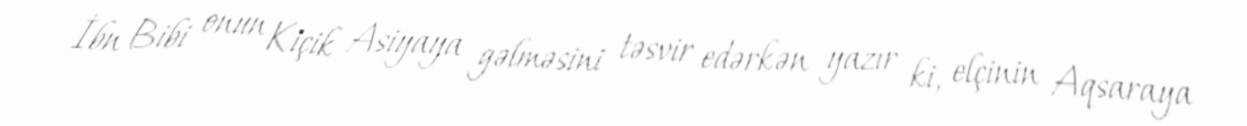
İbn Bibi onun Kiçik Asiyaya gəlməsini təsvir edərkən yazır ki, elçinin Aqsaraya